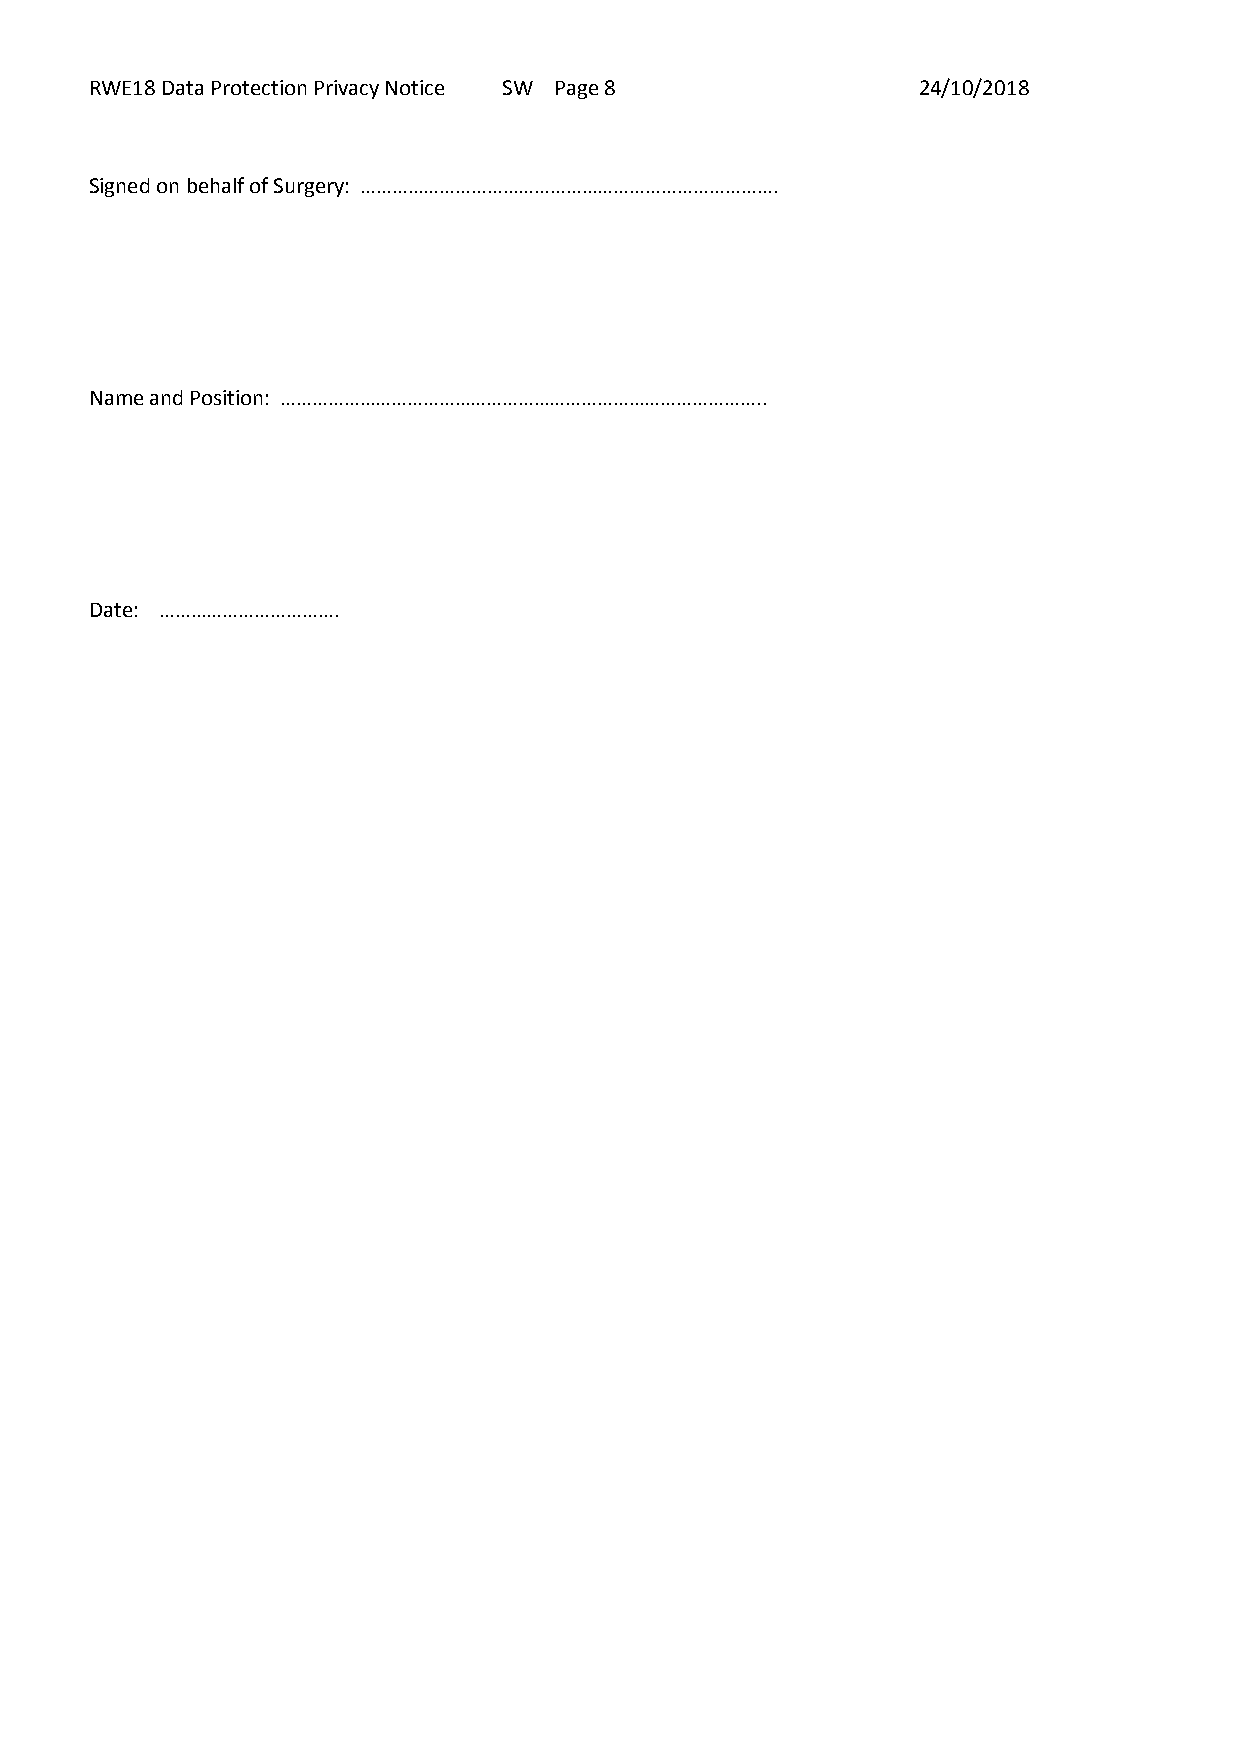
RWE18 Data Protection Privacy Notice SW Page 8         24/10/2018
 Signed on behalf of Surgery: …………………………………………………………………….
 Name and Position: ………………………………………………………………………………..
 Date: …………………………….